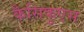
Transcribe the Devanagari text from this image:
कैसिकुएस